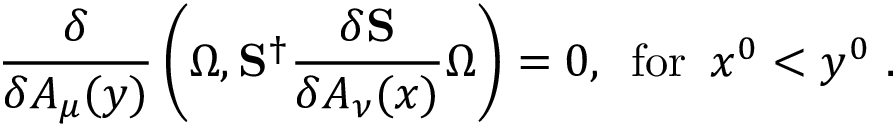
\frac { \delta } { \delta A _ { \mu } ( y ) } \left( \Omega , { \bf S } ^ { \dagger } \frac { \delta { \bf S } } { \delta A _ { \nu } ( x ) } \Omega \right) = 0 , \, \, \, \mathrm { f o r } \, \, \, x ^ { 0 } < y ^ { 0 } \, \, .